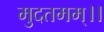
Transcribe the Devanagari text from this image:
मुदतमम्।।